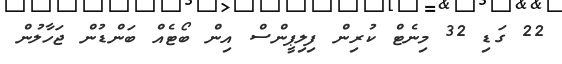
22 ގަޑި 32 މިނެޓް ކުރިން ފިލިޕީންސް އިން ބޯޓެއް ބަންޑުން ޖަހާލުން